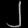
Digit: ၂